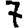
Digit: 7